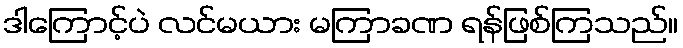
ဒါကြောင့်ပဲ လင်မယား မကြာခဏ ရန်ဖြစ်ကြသည်။